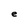
Character: e